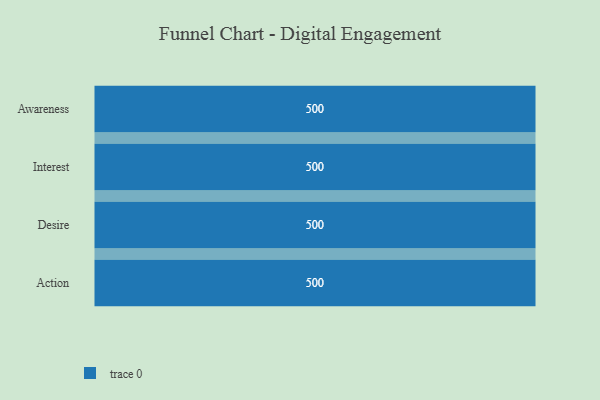
{"axis": {"x": "Stage", "y": "Value"}, "legend": [""], "data": [{"x": "Awareness", "y": 500, "type": ""}, {"x": "Interest", "y": 500, "type": ""}, {"x": "Desire", "y": 500, "type": ""}, {"x": "Action", "y": 500, "type": ""}]}